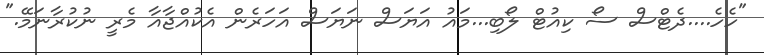
"ހެހެ....ދެޓްސް ސޯ ކިއުޓް ލޯބި...މައު އަޔަސް ނަޔަސް އަހަރެން އެކުއްޖާއާ މެރީ ނުކުރާނަމޭ."